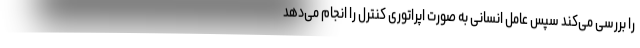
را بررسی می‌کند سپس عامل انسانی به صورت اپراتوری کنترل را انجام می‌دهد